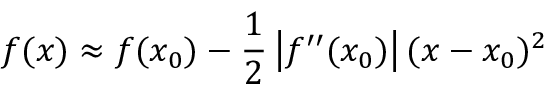
f ( x ) \approx f ( x _ { 0 } ) - { \frac { 1 } { 2 } } \left| f ^ { \prime \prime } ( x _ { 0 } ) \right| ( x - x _ { 0 } ) ^ { 2 }